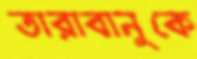
তারাবানুকে